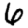
Digit: 6